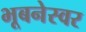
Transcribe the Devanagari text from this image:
भूबनेस्वर